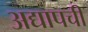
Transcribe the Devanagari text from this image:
अद्यापची